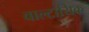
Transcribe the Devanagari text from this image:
वाल्टायिक